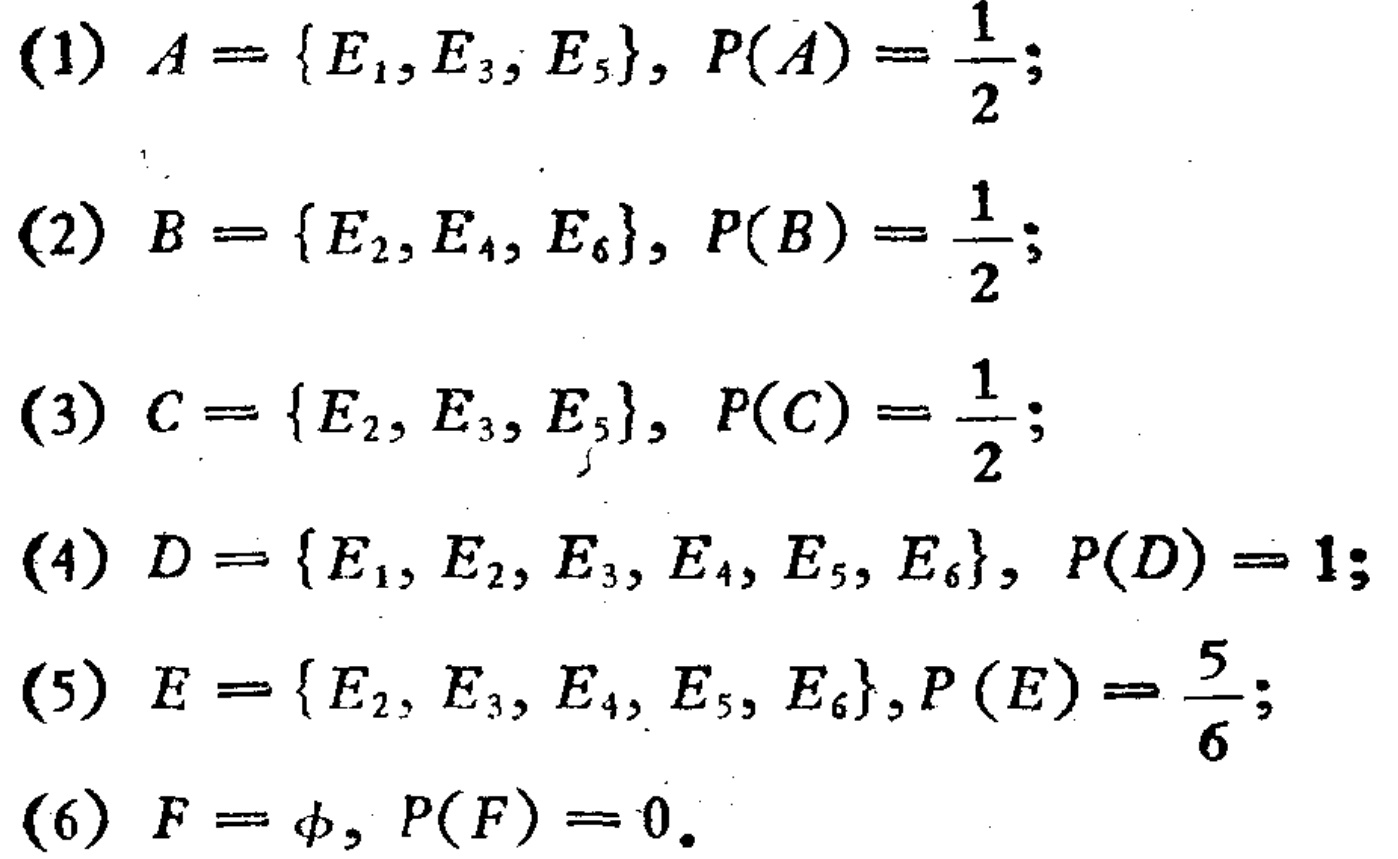
(1) \(A = \{E_1, E_3, E_5\}, P(A)=\frac{1}{2}\);

(2) \(B = \{E_2, E_4, E_6\}, P(B)=\frac{1}{2}\);

(3) \(C = \{E_2, E_3, E_5\}, P(C)=\frac{1}{2}\);

(4) \(D = \{E_1, E_2, E_3, E_4, E_5, E_6\}, P(D)=1\);

(5) \(E = \{E_2, E_3, E_4, E_5, E_6\},P(E)=\frac{5}{6}\);

(6) \(F = \varnothing, P(F)=0\).